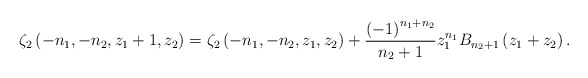
\begin{align*}\zeta_{2}\left(-n_{1},-n_{2},z_{1}+1,z_{2}\right)=\zeta_{2}\left(-n_{1},-n_{2},z_{1},z_{2}\right)+\frac{\left(-1\right)^{n_{1}+n_{2}}}{n_{2}+1}z_{1}^{n_{1}}B_{n_{2}+1}\left(z_{1}+z_{2}\right).\end{align*}